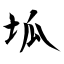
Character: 坬